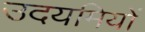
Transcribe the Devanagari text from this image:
उदयमियों